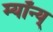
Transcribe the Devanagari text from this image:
म्यॉन्य्